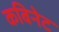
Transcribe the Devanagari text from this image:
कबिनेट